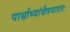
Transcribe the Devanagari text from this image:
पार्श्वाभ्यांचैवपादतः